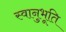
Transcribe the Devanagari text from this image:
स्‍वानुभूति